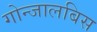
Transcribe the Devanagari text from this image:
गोन्जालबिस